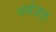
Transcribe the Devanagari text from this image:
गर्मजल